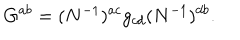
G ^ { a b } = ( N ^ { - 1 } ) ^ { a c } g _ { c d } ( N ^ { - 1 } ) ^ { d b } .